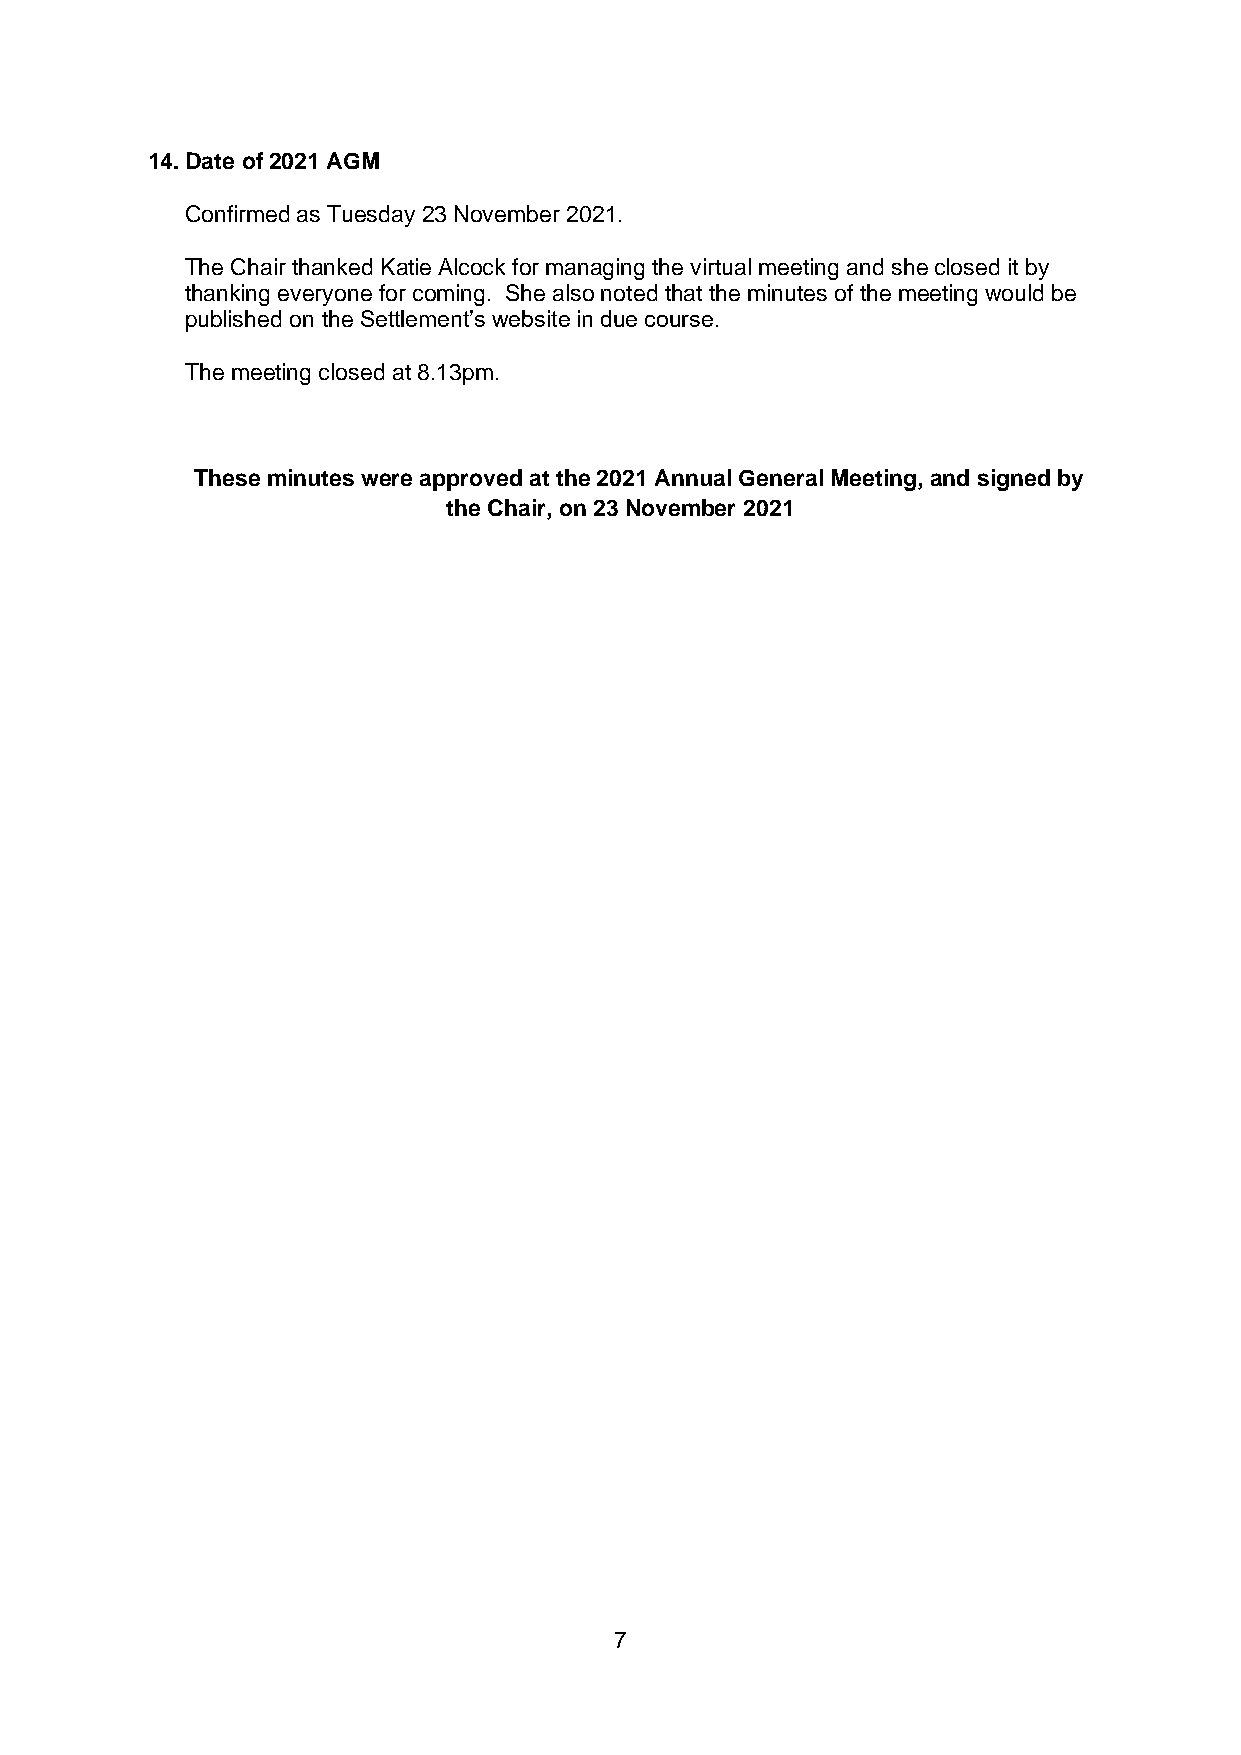
14. Date of 2021 AGM
 Confirmed as Tuesday 23 November 2021.
 The Chair thanked Katie Alcock for managing the virtual meeting and she closed it by
 thanking everyone for coming. She also noted that the minutes of the meeting would be
 published on the Settlement’s website in due course.
 The meeting closed at 8.13pm.
 These minutes were approved at the 2021 Annual General Meeting, and signed by
 the Chair, on 23 November 2021
 7